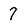
Character: 7